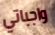
واجباتي